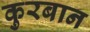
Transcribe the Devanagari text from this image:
कुरबान